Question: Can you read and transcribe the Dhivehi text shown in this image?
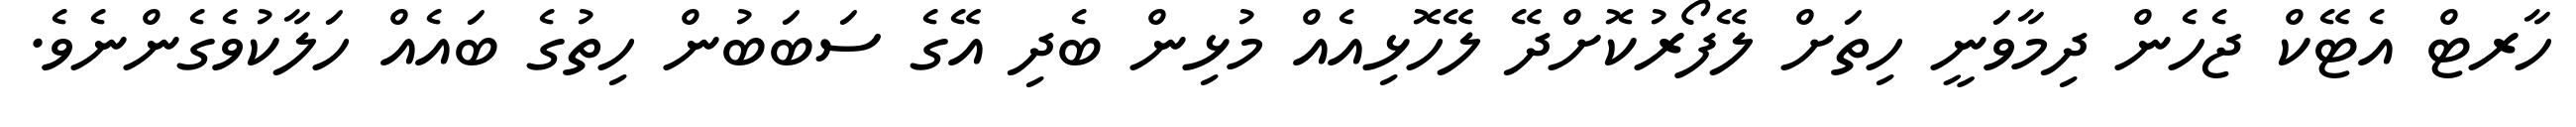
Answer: ހާރޓް އެޓޭކް ޖެހެން ދިމާވަނީ ހިތަށް ލޭފޯރުކޮށްދޭ ލޭހޮޅިއެއް މުޅިން ބެދި އޭގެ ސަބަބުން ހިތުގެ ބައެއް ހަލާކުވެގެންނެވެ.